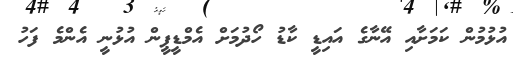
އުޅުމުން ކަމަށާއި އޭނާގެ އައިޑީ ކާޑު ހޯދުމަށް އެމްޑީޕީން އުޅުނީ އެންމެ ފަހު